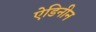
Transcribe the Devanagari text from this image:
ऐडिनीन